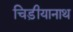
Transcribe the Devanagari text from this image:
चिड़ीयानाथ